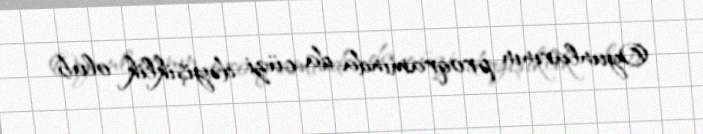
Oyunlarının proqramında da cüzi dəyişiklik olub.